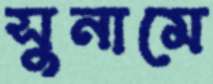
সুনামে